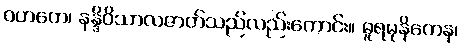
ဝဟတေ၊ နန္ဒိဝိသာလဇာတ်သည်လည်းကောင်း။ ဓူရမုနိကေန၊